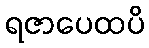
ရဇာပေထပိ